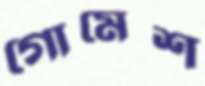
গোমেশ